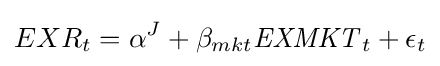
EXR_{t}=\alpha ^{J}+\beta _{mkt}{\mathit {EXMKT}}_{t}+\epsilon _{t}